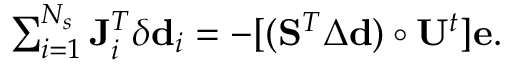
\begin{array} { r } { \sum _ { i = 1 } ^ { N _ { s } } \mathbf { J } _ { i } ^ { T } \delta \mathbf { d } _ { i } = - [ ( \mathbf { S } ^ { T } \Delta \mathbf { d } ) \circ \mathbf { U } ^ { t } ] \mathbf { e } . } \end{array}